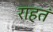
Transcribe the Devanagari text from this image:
राहतं